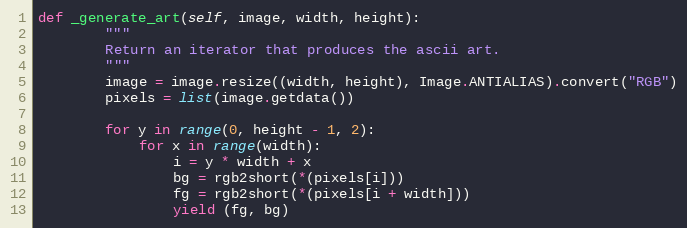
Language: Python
def _generate_art(self, image, width, height):
        """
        Return an iterator that produces the ascii art.
        """
        image = image.resize((width, height), Image.ANTIALIAS).convert("RGB")
        pixels = list(image.getdata())

        for y in range(0, height - 1, 2):
            for x in range(width):
                i = y * width + x
                bg = rgb2short(*(pixels[i]))
                fg = rgb2short(*(pixels[i + width]))
                yield (fg, bg)